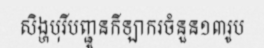
សិង្ហបុរីបញ្ជូនកីឡាករចំនួន១៣រូប